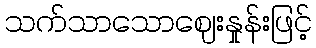
သက်သာသောဈေးနှုန်းဖြင့်